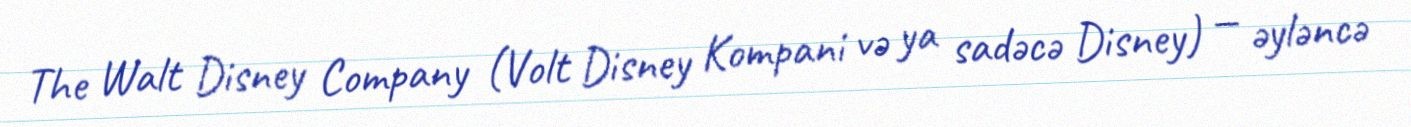
The Walt Disney Company (Volt Disney Kompani və ya sadəcə Disney) — əyləncə